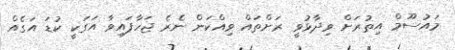
މައުސޫމް އިތުރަށް ވިދާޅުވީ ރަށްތައް ވިއްކަން ނެރެ ޖަހާފައިވާ އަގަކީ ކުޑަ އަގެއް